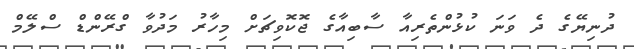
ދުނިޔޭގެ ދެ ވަނަ ކުޅުންތެރިއާ ސާބިއާގެ ޖޮކޮވިޗަށް މިހާރު މަދުވާ ގްރޭންޑް ސްލޭމް